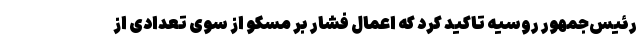
رئیس‌جمهور روسیه تاکید کرد که اعمال فشار بر مسکو از سوی تعدادی از